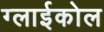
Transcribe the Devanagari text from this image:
ग्लाईकोल